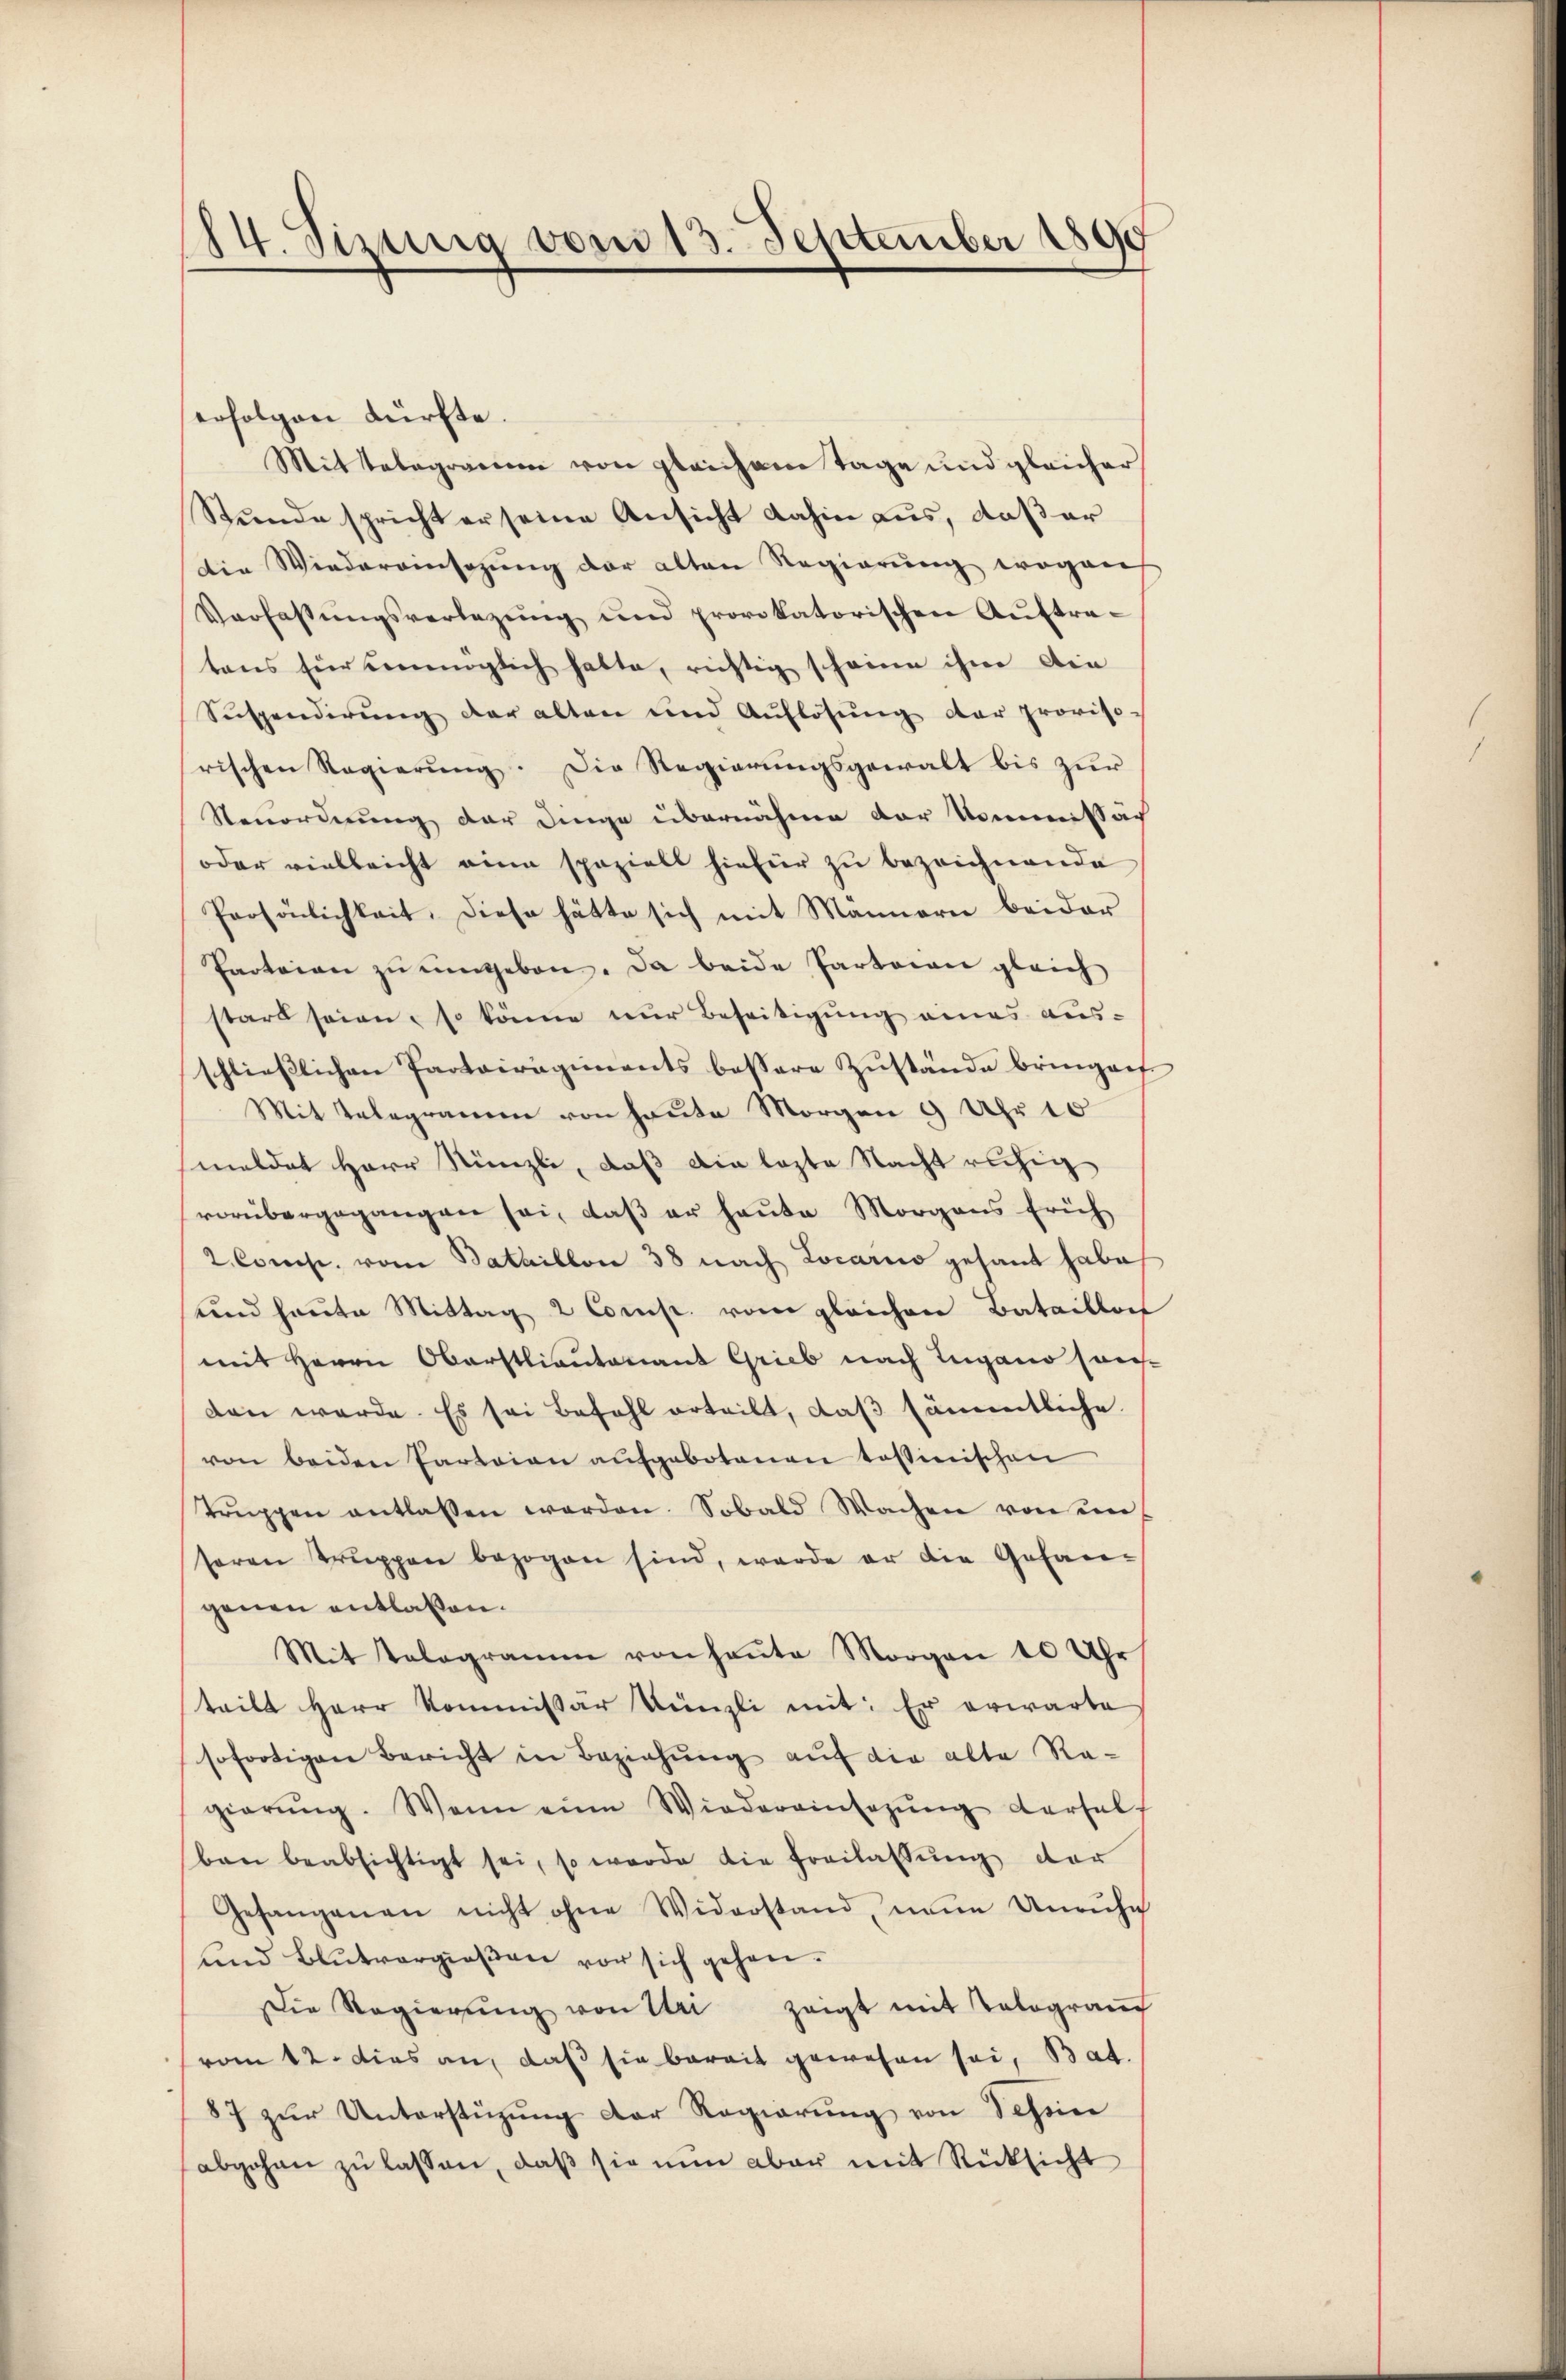
.
Sizung vom 13. September 1890

erfolgen dürfte.
Mittelegramm von gleichen Tage und gleicher
Stunde spricht er seine Ansicht dahin aus, daß er
Die Wiedereinsezung der alten Regierung wegens
Verfassŭngsverlegŭng und provokatorischen Aŭftra-
tens für unmöglich hatte, richtig scheine ihme die
Suspendirung der alten und Auflösung der proviso-
rischen Regierung. Die Regierungsgewalt bis zur
Veuordnung der Dinge übernahme der kommissach
oder vielleicht eine spazielt hiefür zu bezeichnende
Persönlichkeit. Diese hätte sich mit Männern beider
Parteien zŭ ŭmgeben. Da beide Parteien gleich
stard seien, so könne nur Beseitigung eines aus-
schließlichen Partoiragiments bessere Zustände bringen
Mit Telegramen von heute Morgen 9 Uhr 18
meldet Herr Künzli, daß die lezte Nacht ruhig
vorübergegangen sei, daß er heute Morgens früh
2 Concl. vom Bataillon 38 nach Locario gesant habe
und heute Mittag 2 Comp. vom gleichen Bataillon
mit Herrn Oberstlieutenant Grieb nach Lugano son-
dan werde. Es sei befahl erteilt, daß sämmtliche
von beiden Parteien aufgebotenen tessinischen
trŭppen entlassen werden. Sobald Wachen von ein
seren Trŭppen bezogen sind, werde er die Gesan-
genen entlaßen.
Mit Telegramm von heŭte Morgen 10 Uhr
teilt Herr Kommissär Künzli mit: Er erwarte
sofortigen Bericht in Beziehŭng aŭf die alte Re-
gierŭng. Wenn eine Wiedereinsegŭng dersel
ben beabsichtigt sei, so wurde die Freilassŭng der
Gesangenen nicht ohne Widerstand, neue Unruhe
und Blutvergieβen vor sich gehen.
Die Regierŭng von Uri zeigt mit Tologram
vom 12. dies an, daß sie bereit gewesen sei, Bat.
87 zur Unterstüzung der Regierung von Schön
abgehen zu lassen, daß sie nun aber mit Rücksicht